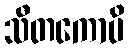
သီတကောပိ